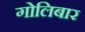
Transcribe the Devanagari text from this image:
गोलिबार